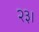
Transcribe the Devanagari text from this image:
२३।